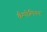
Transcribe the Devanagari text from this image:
चैम्पोलियन